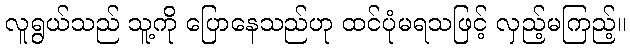
လူရွယ်သည် သူ့ကို ပြောနေသည်ဟု ထင်ပုံမရသဖြင့် လှည့်မကြည့်။